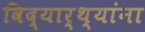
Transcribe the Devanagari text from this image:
विद्यार्थ्‍यांना